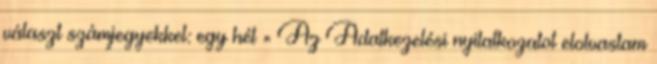
választ számjegyekkel: egy hét = Az Adatkezelési nyilatkozatot elolvastam